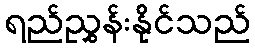
ရည်ညွှန်းနိုင်သည်